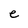
Character: e